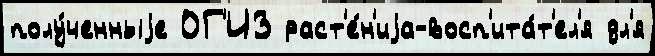
полу́ченныjе ОГ'ИЗ раст'е́н'иjа-восп'ита́т'ел'я дл'я